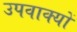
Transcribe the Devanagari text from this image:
उपवाक्यों